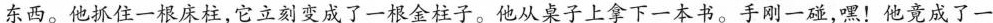
东西。他抓住一根床柱，它立刻变成了一根金柱子。他从桌子上拿下一本书。手刚一碰，嘿！他竟成了一